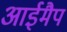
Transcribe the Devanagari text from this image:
आईमैप